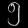
Digit: ၅